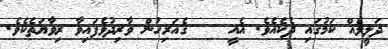
ދަލީލެއް ކަމުގައި ދެކެއެވެ. އެއީ    ގެއަރިހުން ވާރިދުވެފައިވާ ރިވާޔަތެކެވެ.